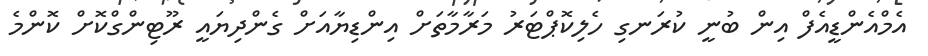
އެމްއެންޑީއެފް އިން ބުނީ ކުރަނގި ހެލިކޮޕްޓަރު މަރާމާތަށް އިންޑިޔާއަށް ގެންދިޔައީ ރޫޓިންގްކޮށް ކޮންމެ